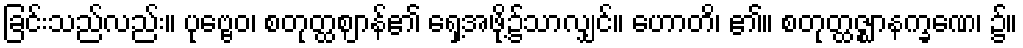
ခြင်းသည်လည်း။ ပုဗ္ဗေဝ၊ စတုတ္ထဈာန်၏ ရှေ့အဖို့၌သာလျှင်။ ဟောတိ၊ ၏။ စတုတ္ထဇ္ဈာနက္ခဏေ၊ ၌။